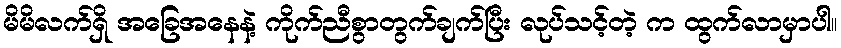
မိမိလက်ရှိ အခြေအနေနဲ့ ကိုက်ညီစွာတွက်ချက်ပြီး လုပ်သင့်တဲ့ က ထွက်လာမှာပါ။